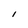
Character: I